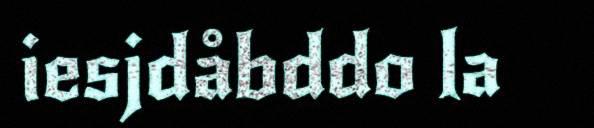
iesjdåbddo la